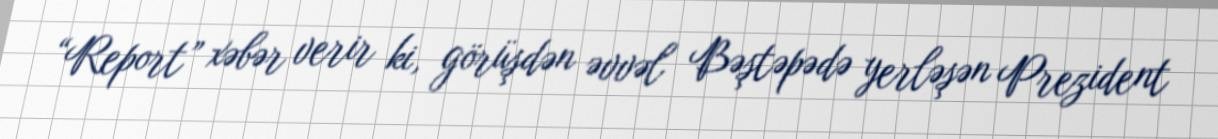
“Report” xəbər verir ki, görüşdən əvvəl Bəştəpədə yerləşən Prezident